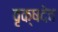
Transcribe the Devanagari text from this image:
वृक्षदेव